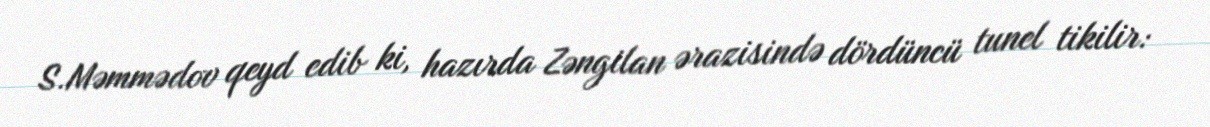
S.Məmmədov qeyd edib ki, hazırda Zəngilan ərazisində dördüncü tunel tikilir: